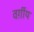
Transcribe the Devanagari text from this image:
वर्ग़ीय